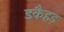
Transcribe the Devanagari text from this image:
डकैहड़